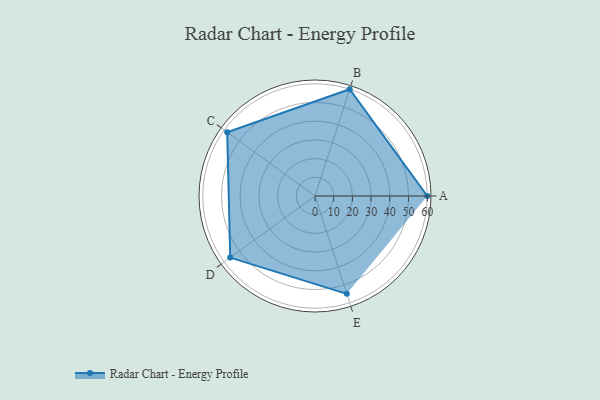
{"axis": {"x": "Skill", "y": "Score"}, "legend": ["Profile"], "data": [{"x": "A", "y": 60.0, "type": "Profile"}, {"x": "B", "y": 60.0, "type": "Profile"}, {"x": "C", "y": 58.0, "type": "Profile"}, {"x": "D", "y": 56.0, "type": "Profile"}, {"x": "E", "y": 55.0, "type": "Profile"}]}